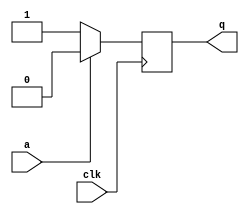
module top_module (
    input clk,
    input a,
    output q );
	
    always @(posedge clk) begin
        q <= a?1'b0:1'b1;
    end
endmodule